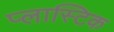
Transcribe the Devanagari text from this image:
प्‍लास्‍टिक